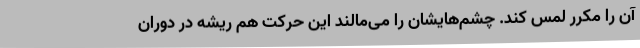
آن را مکرر لمس کند. چشم‌هایشان را می‌مالند این حرکت هم ریشه در دوران